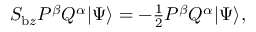
\begin{array} { r } { S _ { \mathrm { b } z } P ^ { \beta } Q ^ { \alpha } \vert \Psi \rangle = - \frac { 1 } { 2 } P ^ { \beta } Q ^ { \alpha } \vert \Psi \rangle , } \end{array}